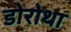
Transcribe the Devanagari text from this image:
डोरोथा